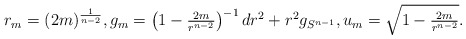
\begin{align*}r_m = (2m)^{\frac{1}{n-2}}, g_m = \left( 1- \tfrac{2m}{r^{n-2}}\right)^{-1} dr^2 + r^2 g_{S^{n-1}}, u_m = \sqrt{1-\tfrac{2m}{r^{n-2}}}.\end{align*}